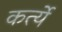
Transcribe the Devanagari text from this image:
कर्त्ये